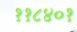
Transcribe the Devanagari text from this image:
११८४०१